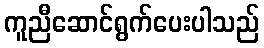
ကူညီဆောင်ရွက်ပေးပါသည်